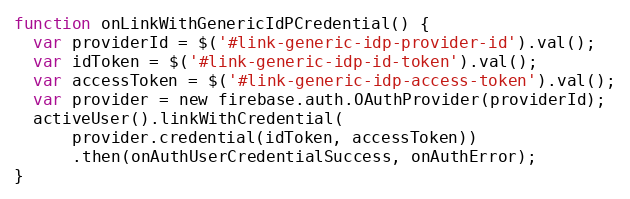
Language: JavaScript
function onLinkWithGenericIdPCredential() {
  var providerId = $('#link-generic-idp-provider-id').val();
  var idToken = $('#link-generic-idp-id-token').val();
  var accessToken = $('#link-generic-idp-access-token').val();
  var provider = new firebase.auth.OAuthProvider(providerId);
  activeUser().linkWithCredential(
      provider.credential(idToken, accessToken))
      .then(onAuthUserCredentialSuccess, onAuthError);
}